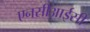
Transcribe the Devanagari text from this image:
एनसीआईसी